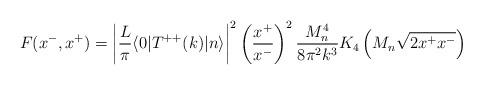
LaTeX: \begin{align*}F(x^-,x^+)=\left|{L \over \pi} \langle 0 | T^{++}(k) |n \rangle \right|^2\left({x^+ \over x^-}\right)^2 {M_n^4 \over 8 \pi^2 k^3}K_4\left(M_n\sqrt{2 x^+ x^-}\right)\end{align*}